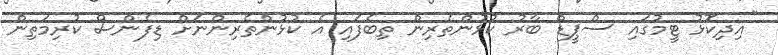
"އިދިކޮޅު ޓީމުގައި ސްޕީޑް ބާރު ކުޅުންތެރިން ތިބެފައި އެ ކުޅުންތެރިންނަށް ޑިފެންސް ކުރިމަތިން